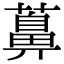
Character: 䕗